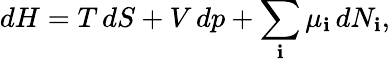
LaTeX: dH=T\, dS+V\, dp+\sum_{\mathbf{i}}\mu_{\mathbf{i}}\, dN_{\mathbf{i}},